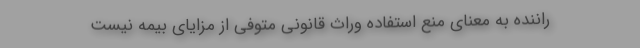
راننده به معنای منع استفاده وراث قانونی متوفی از مزایای بیمه نیست